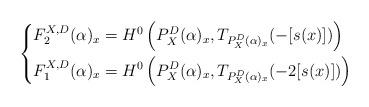
LaTeX: \begin{align*}\left \{ \begin{aligned} F_2^{X, D}(\alpha)_x &= H^0\left(P^D_X(\alpha)_x, T_{P^D_X(\alpha)_x}(-[s(x)])\right) \\F_1^{X, D}(\alpha)_x &= H^0\left(P^D_X(\alpha)_x, T_{P^D_X(\alpha)_x}(-2[s(x)]) \right) \end{aligned} \right .\end{align*}